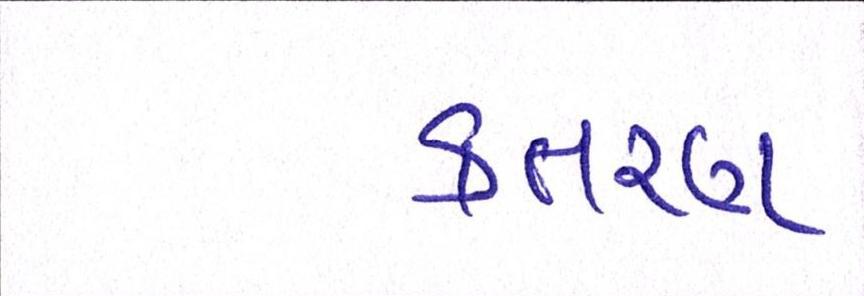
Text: કતરણ